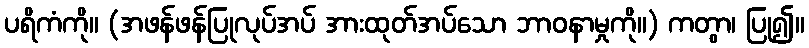
ပရိကံကို။ (အဖန်ဖန်ပြုလုပ်အပ် အားထုတ်အပ်သော ဘာဝနာမှုကို။) ကတွာ၊ ပြု၍။